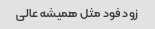
زود فود مثل همیشه عالی